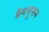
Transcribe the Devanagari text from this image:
मैगनुसन